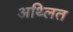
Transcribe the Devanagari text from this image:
अथ्लित